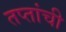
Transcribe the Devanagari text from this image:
तप्तांची